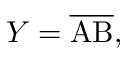
Y = { \overline { \mathrm { { A B } } } } ,